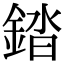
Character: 錔